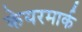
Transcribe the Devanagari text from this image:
केयरमार्क